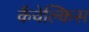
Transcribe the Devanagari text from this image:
कैंचेल्किस